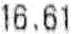
16.61